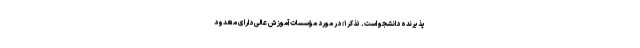
پذیرنده دانشجو است. تذکر ۱: در مورد مؤسسات آموزش عالی دارای معدود